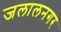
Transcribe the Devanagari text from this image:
जलालनगर